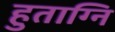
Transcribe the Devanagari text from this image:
हुताग्नि